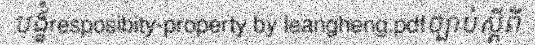
បង្ខំresposibity-property by leangheng.pdfច្បាប់ស្តីពី